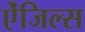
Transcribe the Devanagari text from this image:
ऐंजिल्‍स